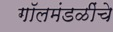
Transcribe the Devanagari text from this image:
गॉलमंडळींचे